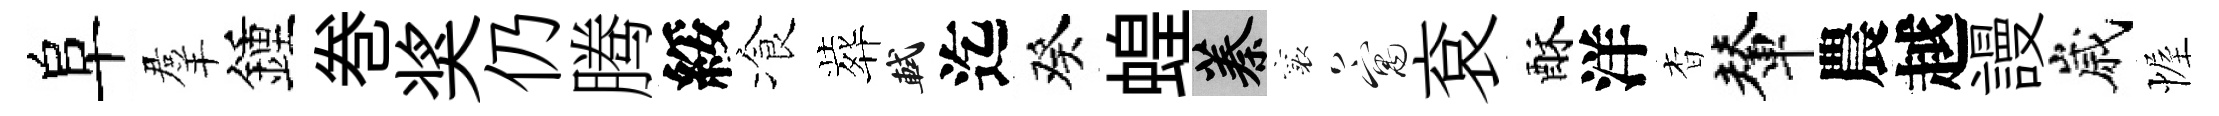
阜羣鍾巻奖仍腾綏飡葬軾迄癸蝗蓁襄寓袞酥洋杳輦農越謾嵗幄